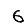
Digit: 6